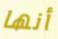
أنها